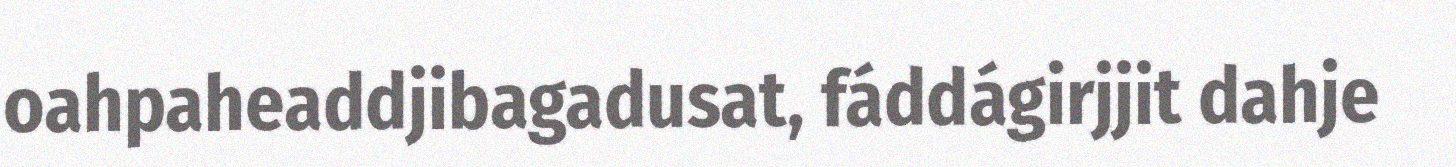
oahpaheaddjibagadusat, fáddágirjjit dahje